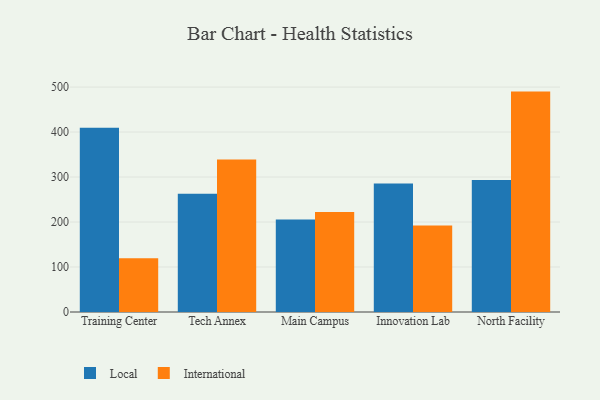
{"axis": {"x": "Campus", "y": "Inventory Turnover"}, "legend": ["International", "Local"], "data": [{"x": "Training Center", "y": 409.8, "type": "Local"}, {"x": "Training Center", "y": 119.5, "type": "International"}, {"x": "Tech Annex", "y": 262.6, "type": "Local"}, {"x": "Tech Annex", "y": 339.1, "type": "International"}, {"x": "Main Campus", "y": 205.8, "type": "Local"}, {"x": "Main Campus", "y": 222.0, "type": "International"}, {"x": "Innovation Lab", "y": 285.5, "type": "Local"}, {"x": "Innovation Lab", "y": 192.4, "type": "International"}, {"x": "North Facility", "y": 293.3, "type": "Local"}, {"x": "North Facility", "y": 489.9, "type": "International"}]}